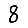
Digit: 8